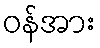
ဝန်အား